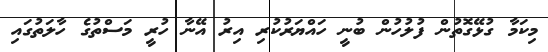
މިކަމާ ގުޅޭގޮތުން ފުލުހުން ބުނީ ހައްޔަރުކުރި އިރު އޭނާ ހުރީ މަސްތުގެ ހާލަތުގައި